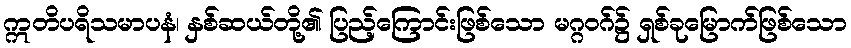
ဣတိပရိသမာပနံ၊ နှစ်ဆယ်တို့၏ ပြည့်ကြောင်းဖြစ်သော မဂ္ဂဝဂ်၌ ရှစ်ခုမြောက်ဖြစ်သော